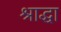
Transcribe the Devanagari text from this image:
श्राद्धा